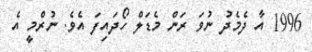
1996 އާ ދެމެދު ނުވަ ރަން މެޑަލް ހޯދައިފަ އެވެ. ނުރްމީ އެ